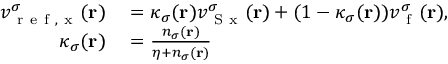
\begin{array} { r l } { v _ { \mathrm { ~ r ~ e ~ f ~ , ~ x ~ } } ^ { \sigma } ( \mathbf { r } ) } & { { } = \kappa _ { \sigma } ( \mathbf { r } ) v _ { \mathrm { ~ S ~ x ~ } } ^ { \sigma } ( \mathbf { r } ) + ( 1 - \kappa _ { \sigma } ( \mathbf { r } ) ) v _ { \mathrm { ~ f ~ } } ^ { \sigma } ( \mathbf { r } ) , } \\ { \kappa _ { \sigma } ( \mathbf { r } ) } & { { } = \frac { n _ { \sigma } ( \mathbf { r } ) } { \eta + n _ { \sigma } ( \mathbf { r } ) } } \end{array}